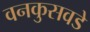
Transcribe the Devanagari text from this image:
वनकुसवडे